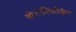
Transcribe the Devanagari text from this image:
बोरोसिलीकेट